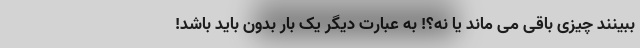
ببینند چیزی باقی می ماند یا نه؟! به عبارت دیگر یک بار بدون باید باشد!